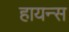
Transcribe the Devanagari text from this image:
हायन्स